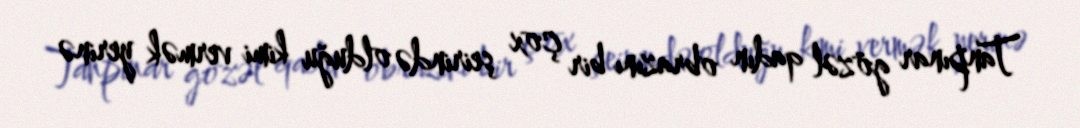
Tanpınar gözəl qadın obrazını bir çox şeirində olduğu kimi vermək yerinə